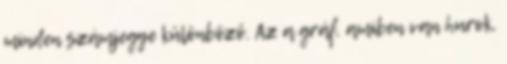
minden számjegye különböző. Az a gráf, amiben van hurok,